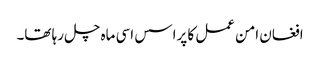
افغان امن عمل کا پراسس اسی ماہ چل رہا تھا۔